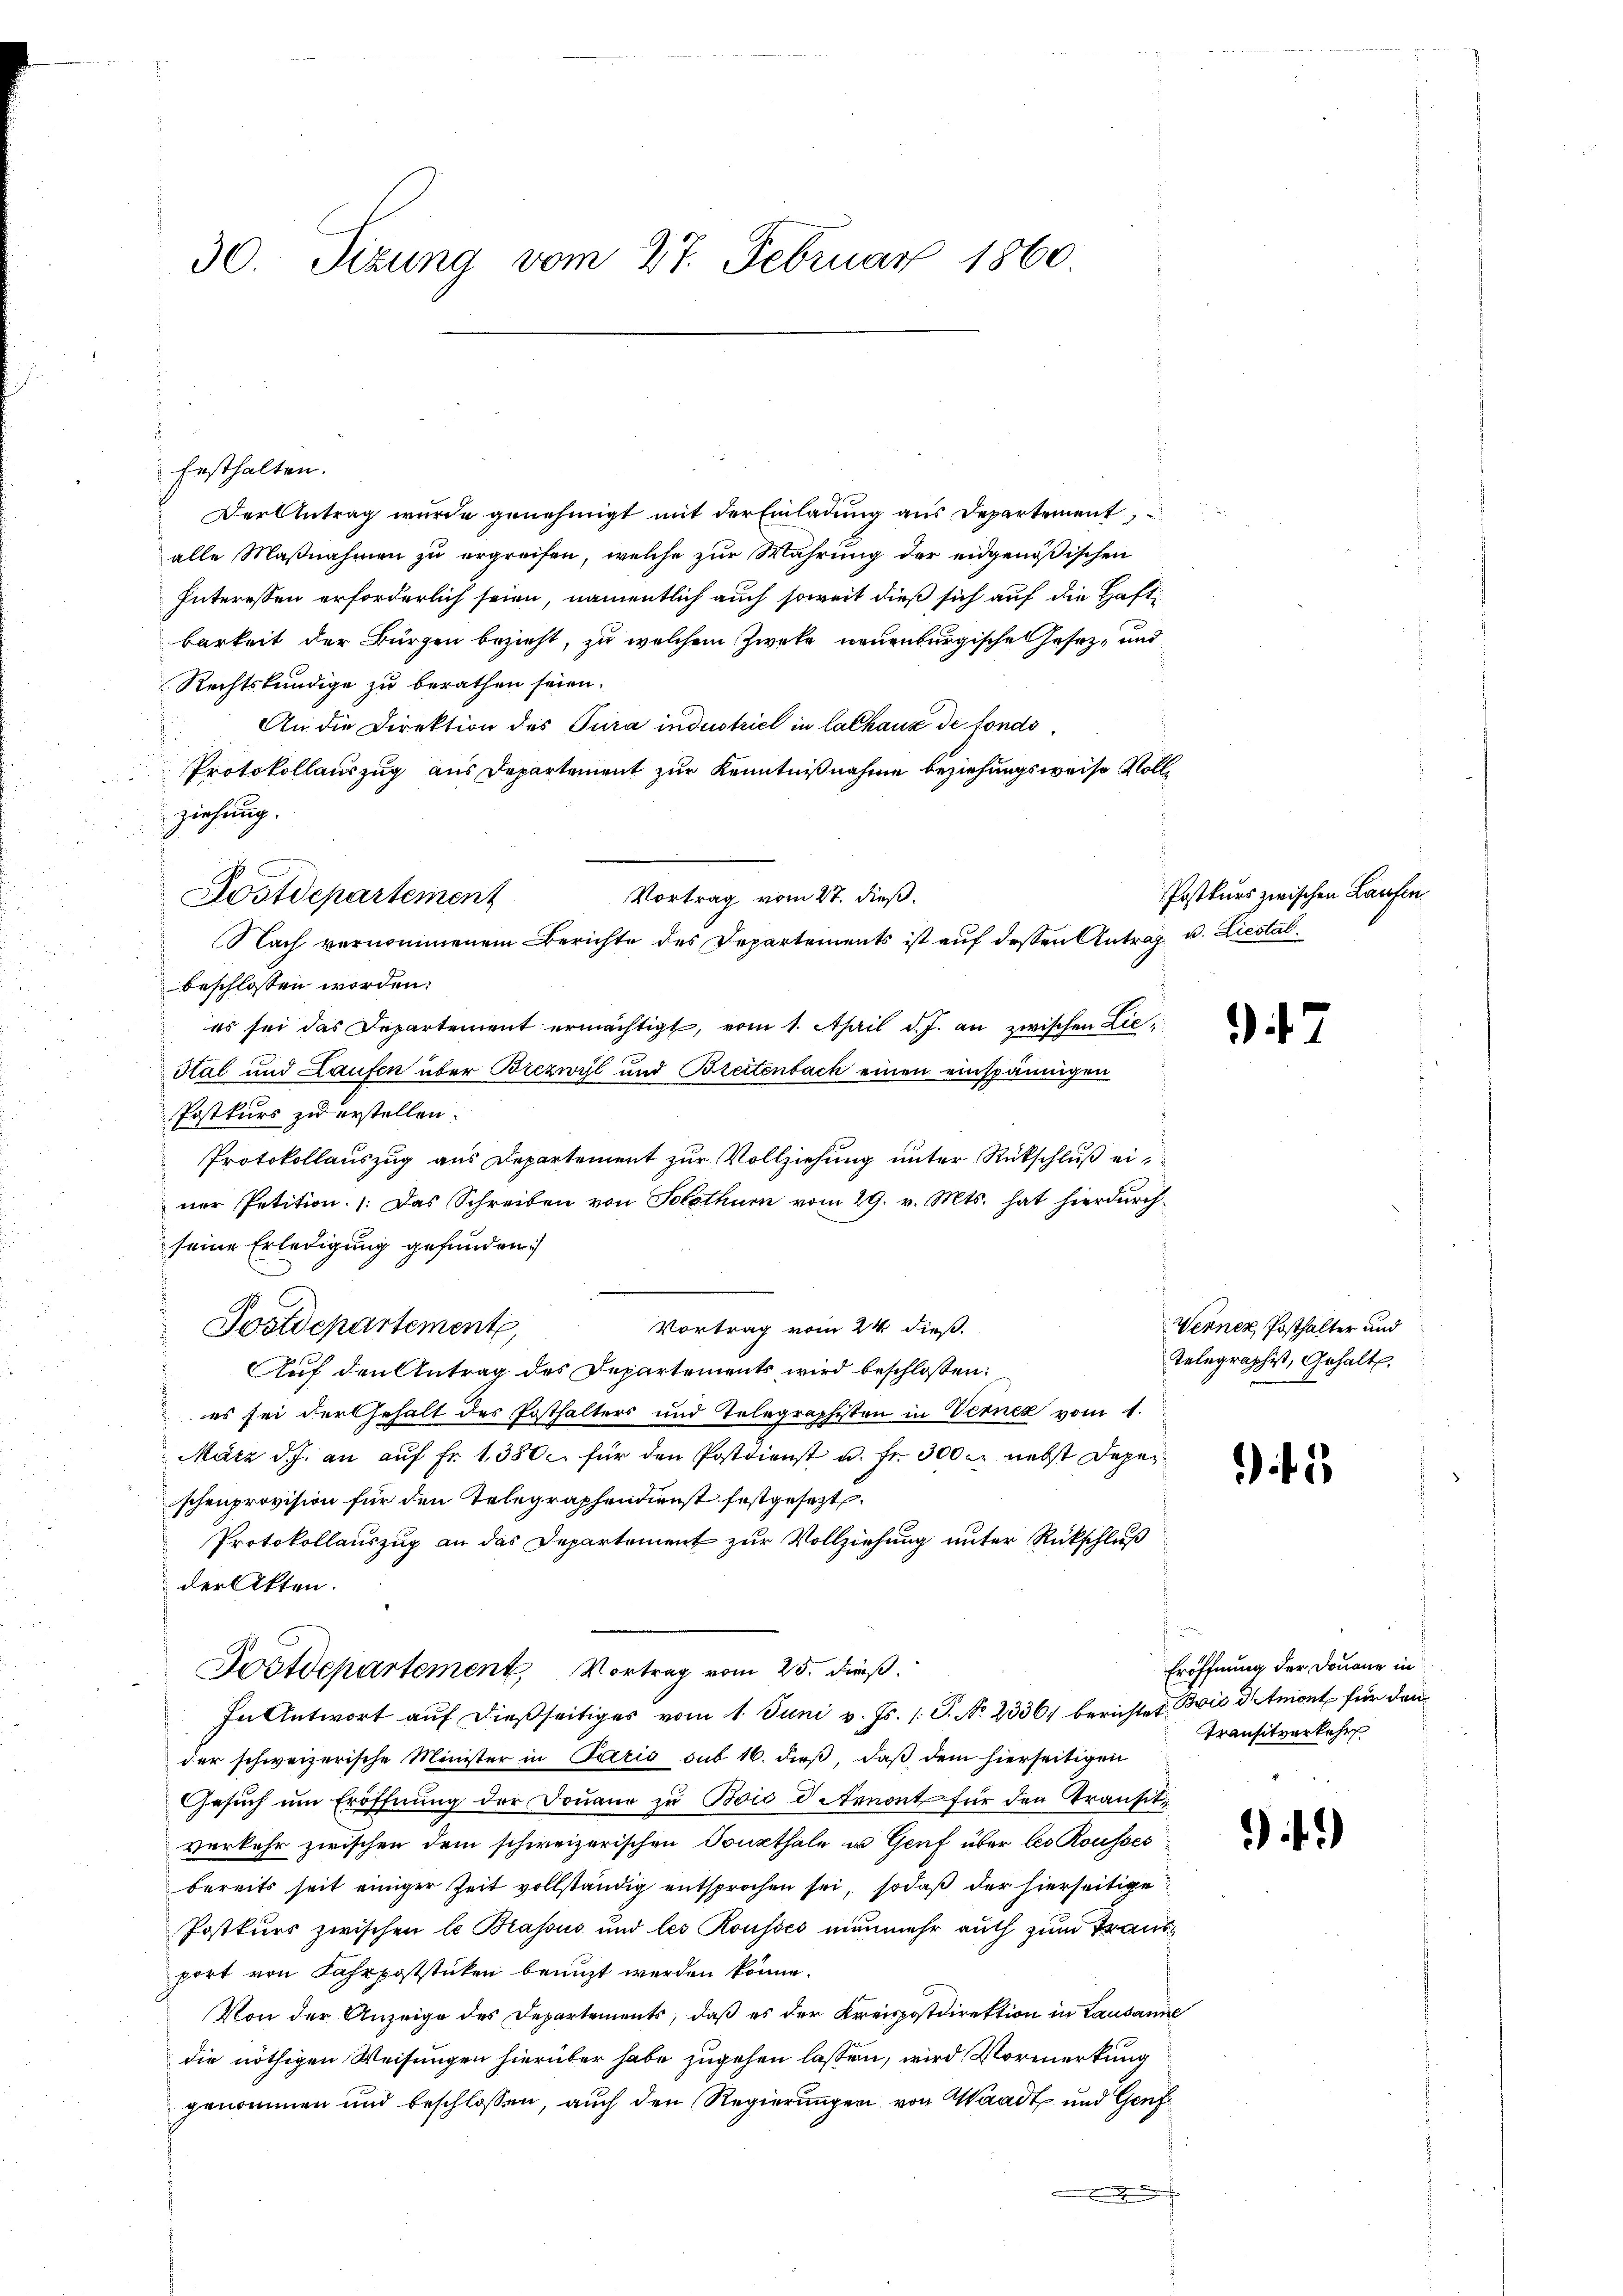
30. Sizung vom 27. Februar 1860.

Ersthalten.
Der Antrag wurde genehmigt mit der Einladung aus Departement,
alle Maßnahmen zu ergreifen, welche zur Wahrung der eidgenößischen
Interessen erforderlich seien, namentlich auch soweit dieß sich auf die Haftbarkeit der Bürgen bezieht, zu welchem Zwecke neuenburgische Gesetz- und
Rechtskundige zu berathen seien.
An die Direktion des Pura industriel in lachanz de fonds¬
Protokollauszug aus Departement zur Kenntnißnahme beziehungsweise Vollziehung.
Vortrag vom 27. dieß.
Nach vernommenem Berichte des Departements ist auf dessen Antrag u. Liestalbeschlossen worden:
es sei das Departement ermächtigt, vom 1. April d. J. an zwischen Lie¬
Stal und Laufen über Brezwyl und Breitenbach einen einspännigen
Postkurs zu erstellen.
Protokollauszug aus Departement zur Vollziehung unter Rückschluß einer Petition. Das Schreiben von Solothurn vom 29. v. Mts. hat hierdurch
seine Erledigung gefunden.
Auf den Antrag des Departements wird beschlossen:
 es sei der Gehalt des Posthalters und Telegraphisten in Verner vom 4.
März d. J. an aŭf Fr. 1380. für den Postdienst u. fr. 300 M nebst Deparschenprovision für den Telegraphendienst festgesezt.
Protokollauszug an das Departement zur Vollziehung unter Rückschluß
der Akten.
Postdepartement, Vortrag vom 25. dieß.
In Antwort auf dießseitiges vom 1. Juni v. Js. (T. No. 23364 berichtet Bois denient für den
der schweizerische Minister in Paris sub 16. dieβ, daβ dem hierseitigen
Gesuch um Eröffnung der Douane zu Bois d. Arnont für den Transitverkehr zwischen dem schweizerischen Sonsthale u Genf über les Rousses
bereits seit einiger Zeit vollständig entsprochen sei, sodaß der hierseitige
Postkurs zwischen le Brassus und les Rousses nunmehr auch zum Trausport von Fahrpoststücken benuzt werden könne.
Von der Anzeige des Departements, daß es der Kreispostdirektion in Lausanne
die nöthigen Weisungen hierüber habe zugehen lassen, wird Vormerkung
genommen und beschlossen, auch den Regierungen von Waadt und Genf

Aostdepartement

Postdepartement

Vortrag vom 24. dieß.

Postkurs zwischen Laufen.

47

Verner, Posthalter und
Telegraphist, Gehalt.

2

Eröffnung der Donaue in
Transitverkehr

)